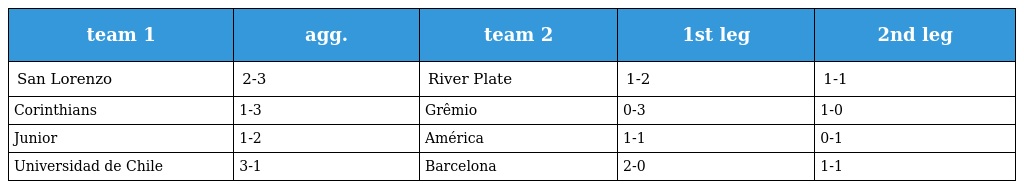
| team 1 | agg. | team 2 | 1st leg | 2nd leg |
 | --- | --- | --- | --- | --- |
 | San Lorenzo | 2-3 | River Plate | 1-2 | 1-1 |
 | Corinthians | 1-3 | Grêmio | 0-3 | 1-0 |
 | Junior | 1-2 | América | 1-1 | 0-1 |
 | Universidad de Chile | 3-1 | Barcelona | 2-0 | 1-1 |